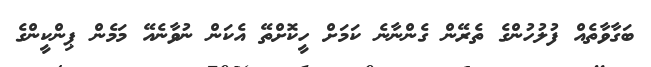
ބަގާވާތެއް ފުލުހުންގެ ތެރޭން ގެންނާނެ ކަމަށް ހީކޮށްތޭ އެކަން ނުވާނެއޭ މަމެން ޕިންކީންގެ